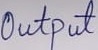
Text: Output